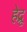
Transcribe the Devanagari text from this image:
हेद्रू